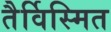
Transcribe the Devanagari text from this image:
तैर्विस्मित